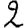
Digit: 2